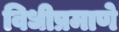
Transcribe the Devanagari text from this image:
विधीप्रमाणे